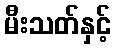
မီးသတ်နှင့်